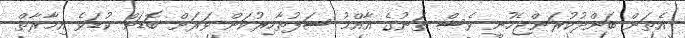
އެތަން ބަންދުކުރަންޖެހުނީ ވެސް ތަނުގެ އާއްމު ސަފުތާހިރުކަން ވަރަށް ބޮޑަށް ކުޑަވެ އިމާރާތް